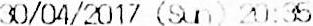
30/04/2017 (SUN) 20:35